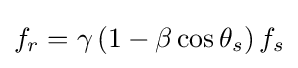
f_{r}=\gamma \left(1-\beta \cos \theta _{s}\right)f_{s}